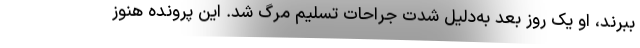
ببرند، او یک روز بعد به‌دلیل شدت جراحات تسلیم مرگ شد. این پرونده هنوز